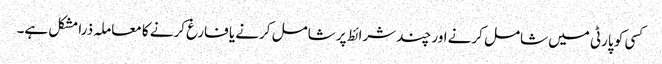
کسی کو پارٹی میں شامل کرنے اور چند شرائط پر شامل کرنے یا فارغ کرنے کا معاملہ ذرا مشکل ہے۔